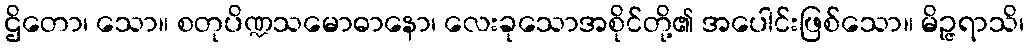
ဌိတော၊ သော။ စတုပိဏ္ဍသမောဓာနော၊ လေးခုသောအစိုင်တို့၏ အပေါင်းဖြစ်သော။ မိဉ္ဇရာသိ၊